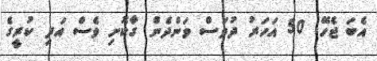
އެބަ ޖެހޭ. 50 އަހަރު ދުވަސް ވަންދެން ގާކޮށި ވެސް އަދި ކުރީގެ